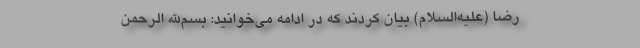
رضا (علیه‌السلام) بیان کردند که در ادامه می‌خوانید: بسم‌الله الرحمن